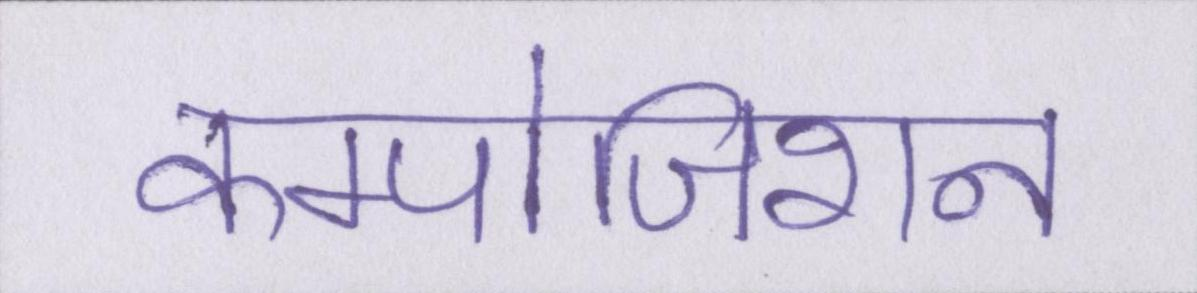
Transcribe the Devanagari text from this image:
कम्पोजिशन